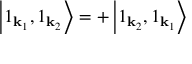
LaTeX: \left| 1 _ { \mathbf { k } _ { 1 } } , 1 _ { \mathbf { k } _ { 2 } } \right\rangle = + \left| 1 _ { \mathbf { k } _ { 2 } } , 1 _ { \mathbf { k } _ { 1 } } \right\rangle